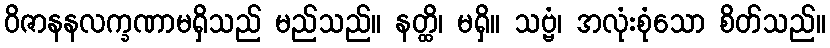
ဝိဇာနနလက္ခဏာမရှိသည် မည်သည်။ နတ္ထိ၊ မရှိ။ သဗ္ဗံ၊ အလုံးစုံသော စိတ်သည်။